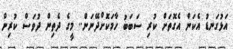
އަޅުގަނޑު އެކަން އެގޮތަށް ކުރި ސަބަބު ހާމަކޮށްދޭނަން.. މީގެ ދެތިން ދުވަސް ކުރިން